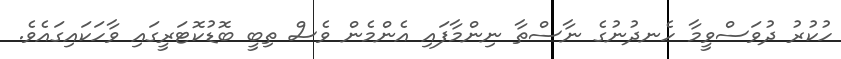
ހުކުރު ދުވަސްވީމާ ހެނދުނުގެ ނާސްތާ ނިންމާފައި އެންމެން ވެސް ތިބީ ބޮޑުކޮޓަރީގައި ވާހަކައިގައެވެ.